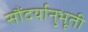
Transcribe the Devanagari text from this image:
सौंदर्यानुभूती